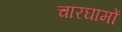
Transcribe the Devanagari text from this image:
चारघामों